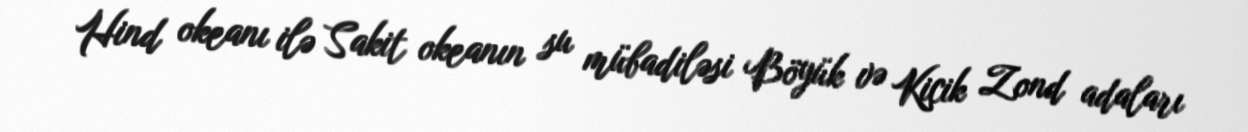
Hind okeanı ilə Sakit okeanın su mübadiləsi Böyük və Kiçik Zond adaları